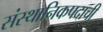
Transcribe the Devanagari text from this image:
संस्थानिकपदाची